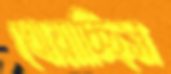
খোয়াচ্ছিস